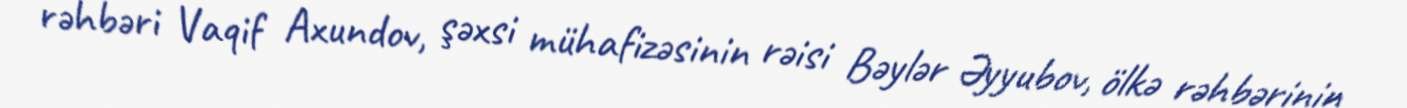
rəhbəri Vaqif Axundov, şəxsi mühafizəsinin rəisi Bəylər Əyyubov, ölkə rəhbərinin